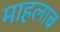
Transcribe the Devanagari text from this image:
माहलाब